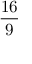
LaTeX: \frac { 1 6 } { 9 }